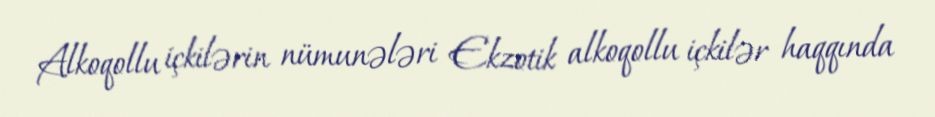
Alkoqollu içkilərin nümunələri Ekzotik alkoqollu içkilər haqqında